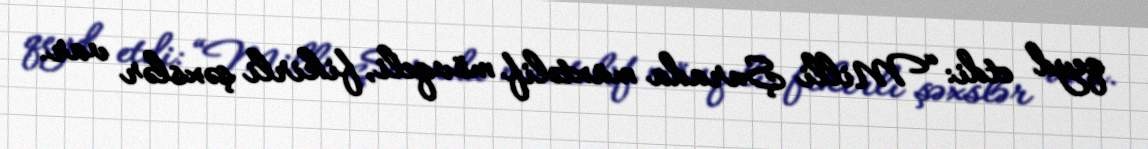
qeyd etdi: “Milli Şurada müxtəlif mövqeli, fikirli şəxslər var.